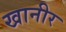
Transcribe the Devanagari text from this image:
खानीर